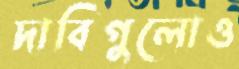
দাবিগুলোও